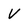
Character: V